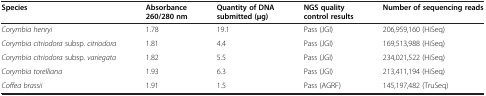
| Species | Absorbance 260/280 nm | Quantity of DNA submitted (μg) | NGS quality control results | Number of sequencing reads |
 | --- | --- | --- | --- | --- |
 | Corymbia henryi | 1.78 | 19.1 | Pass (JGI) | 206,959,160 (HiSeq) |
 | Corymbia citriodora subsp. citriodora | 1.81 | 4.4 | Pass (JGI) | 169,513,988 (HiSeq) |
 | Corymbia citriodora subsp. variegata | 1.82 | 5.5 | Pass (JGI) | 234,021,522 (HiSeq) |
 | Corymbia torelliana | 1.93 | 6.3 | Pass (JGI) | 213,411,194 (HiSeq) |
 | Coffea brassii | 1.91 | 1.5 | Pass (AGRF) | 145,197,482 (TruSeq) |